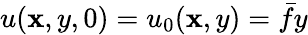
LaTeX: u(\mathbf{x},y,0)=u_{0}(\mathbf{x},y)=\bar{{f}}y